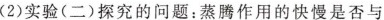
(2)实验(二)探究的问题：蒸腾作用的快慢是否与